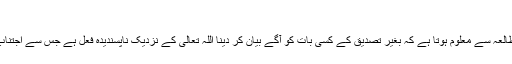
”
ان آیات کے مطالعہ سے معلوم ہوتا ہے کہ بغیر تصدیق کے کسی بات کو آگے بیان کر دینا اللہ تعالیٰ کے نزدیک ناپسندیدہ فعل ہے جس سے اجتناب کرنا چاہیئے۔